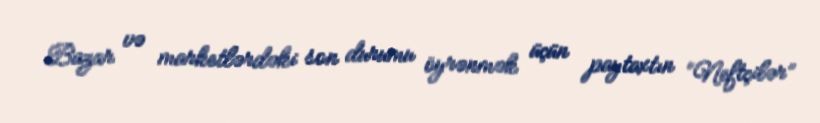
Bazar və marketlərdəki son durumu öyrənmək üçün paytaxtın “Neftçilər”